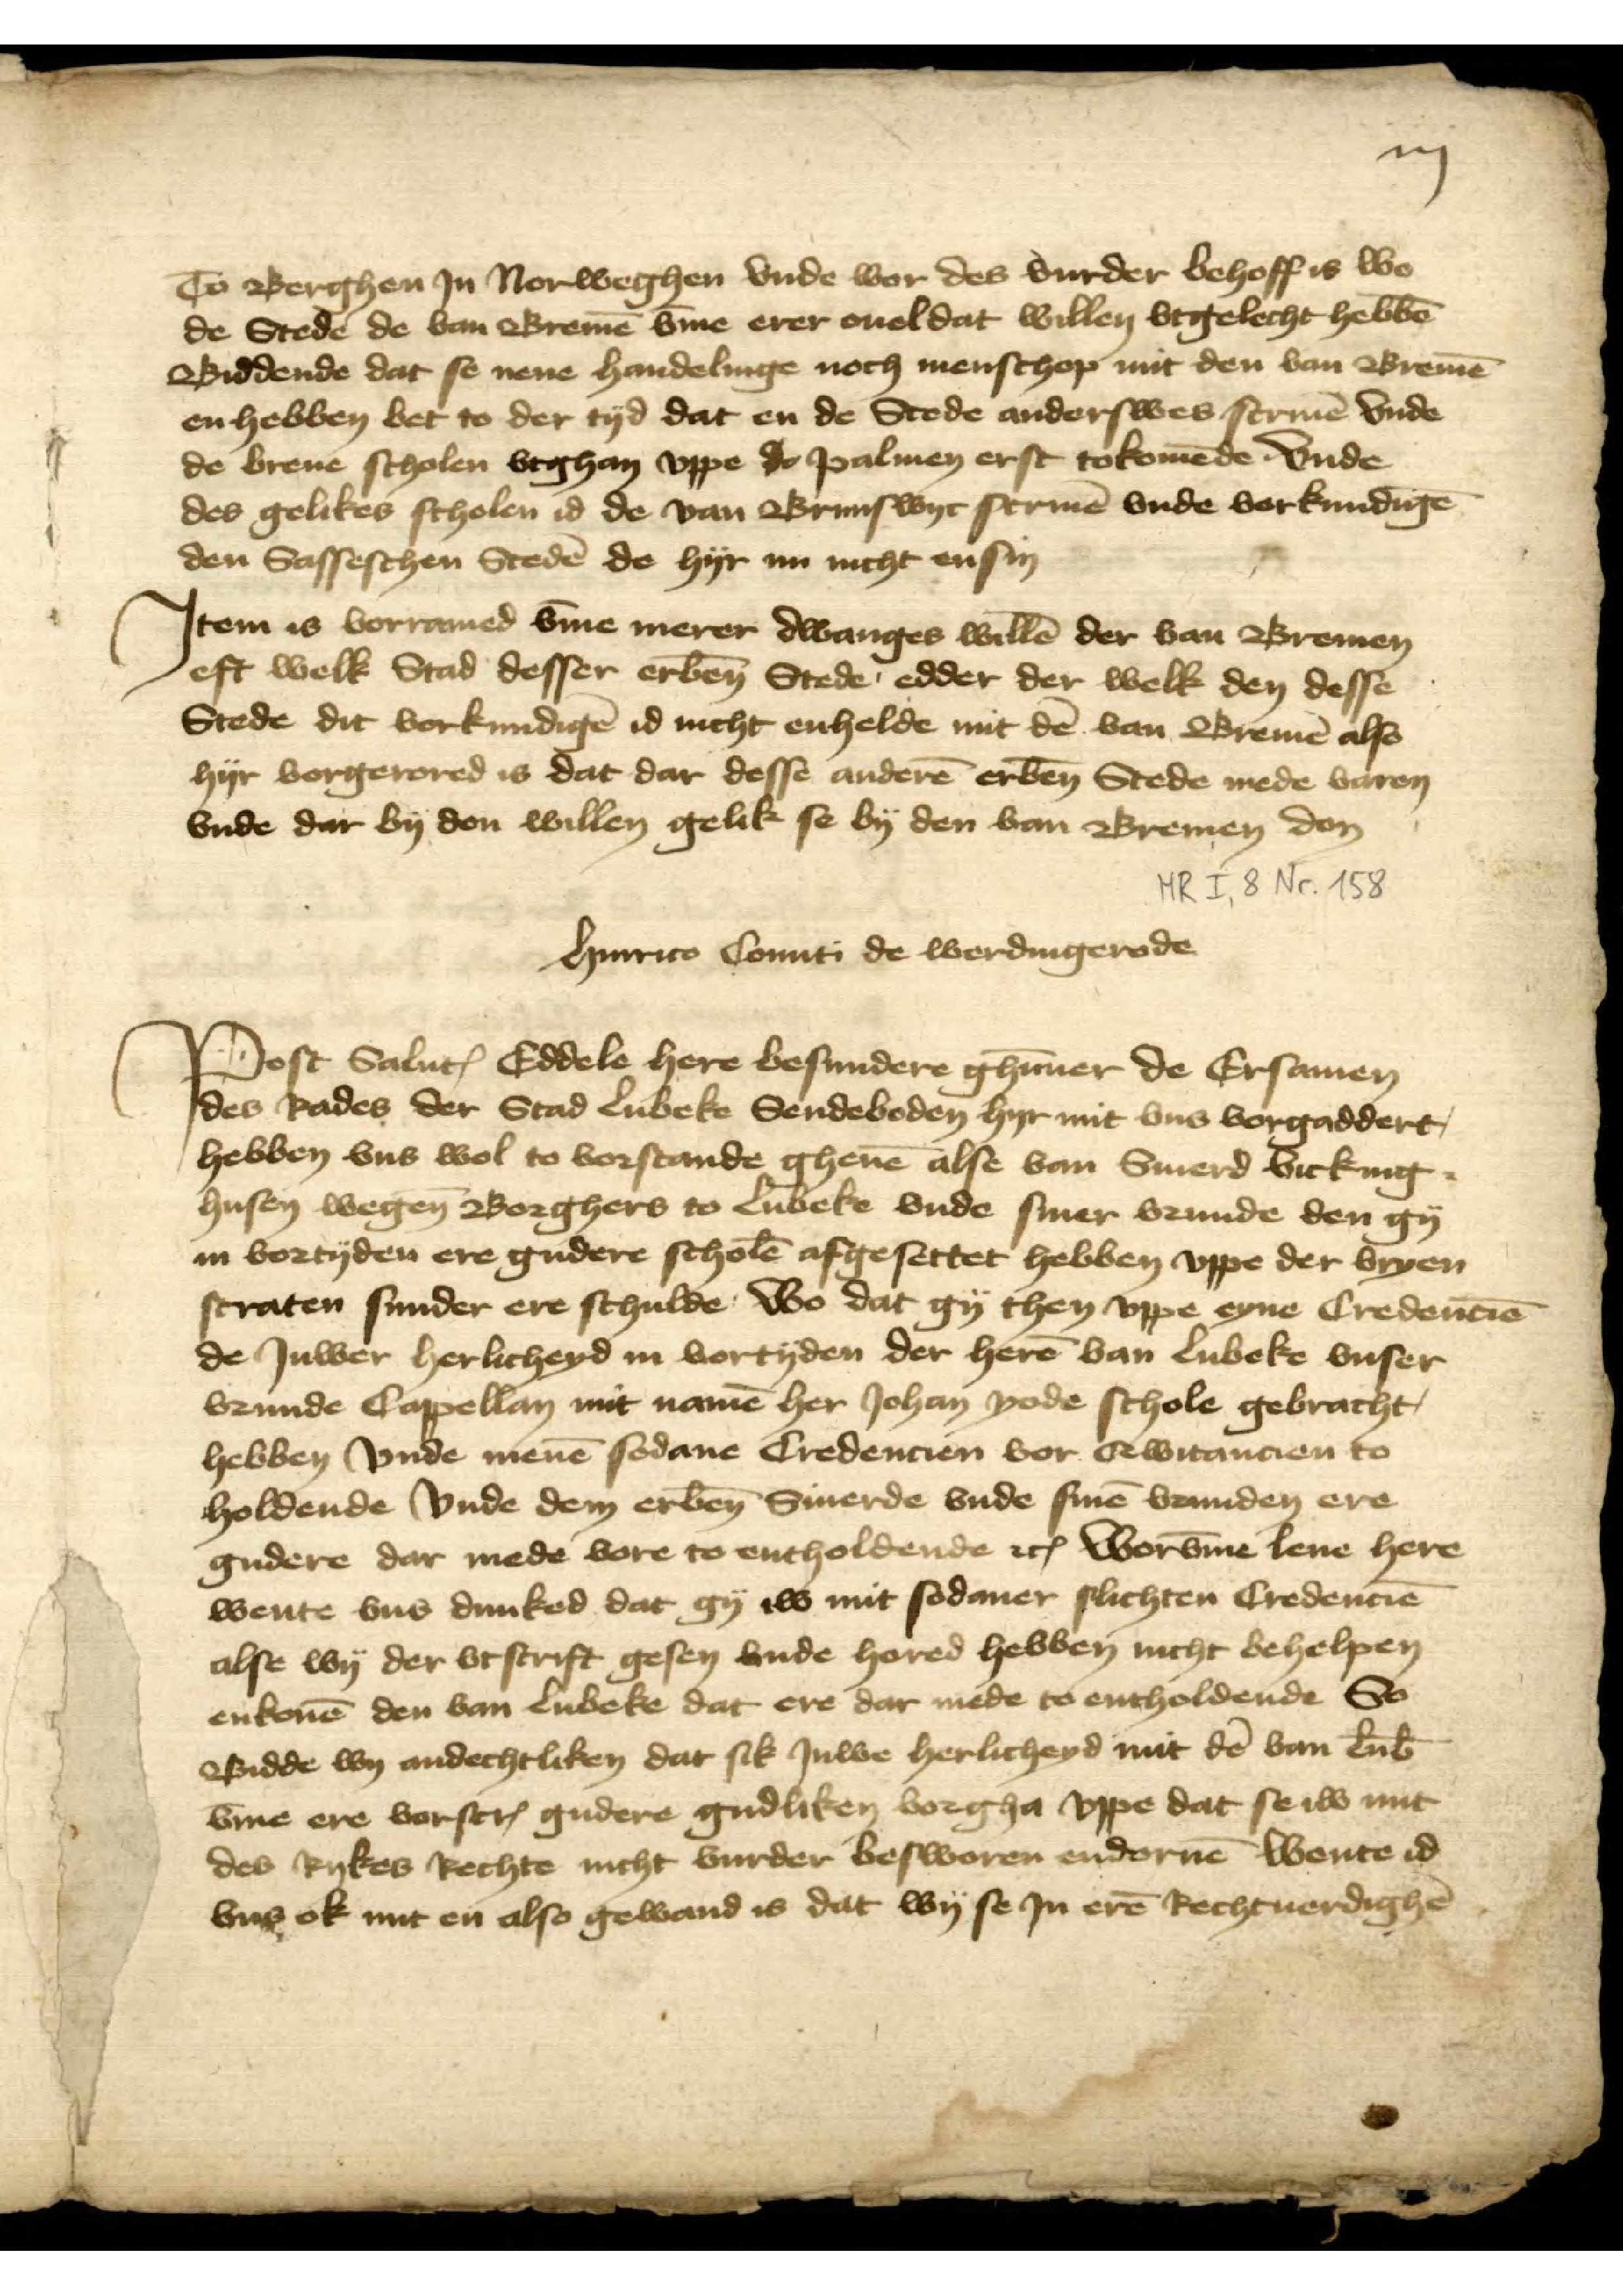
iij

To Berghen Jn Norweghen vnde wor des vurder behoff is wo
de Stede de van Bremen vmme erer ouel dat willen vtgelecht hebben
Biddende dat se nene handelinge noch menschop mit den van Bremen
en hebben bet to der tyd dat en de Stede anderswes scriuen vnde
de breue scholen vtghan vppe do palmen erst tokomende vnde
des gelikes scholen id de van Brunswyc scriuen vnde vorkundingen
den Sasseschen Steden de hyr nu nicht ensin

Jtem is vorramed v̄me merer dwanges willē der van Bremen
eft welk Stad desser erben̄ Stede, edder der welk den desse
Stede dit vorkundigē id nicht enhelde mit dē van Bremē also
hyr vorgerored is dat dar desse anderē erben̄ Stede mede varen
vnde dar by don willen gelik se by den van Bremen don

Hinrico Conuti de Werdingerode
Post Salutationem Eddele here besundere ghunner de Ersamen 
des Rades der Stad Lubeke Sendeboden hyr mit vns vorgaddert,
hebben vns wol to vorstande gheuen alse van Siuerd Vicking¬
husen wegene Borghers to Lubeke vnde siner vrunde den gy
in vortyden ere gudere scholen afgesettet hebben vppe der vryen
straten sunder ere schulde wo dat gy then vppe eyne Credencien
de Juwer herlicheyd in vortyden der heren van Lubeke vnser
vrunde Cappellan mit namen her Johan Rode schole gebracht,
hebben vnde menen sodane Credencien vor Qwitancien to
holdende vnde dem erbenomden Siuerde vnde sinen vrunden ere
gudere dar mede vore to entholdende etcetera worvmme leue here
wente vns dunked dat gy iw mit sodaner slichten Credencien
alse wy der vtscrift gesen vnde hored hebben nicht behelpen
enkomen den van Lubeke dat ere dar mede to entholdende So
Bidde wy andechtliken dat sik Juwe herlicheyd mit den van Lubeke
vmme ere vorscreuen gudere gudliken vorgha vppe dat se iw mit
des Rykes Rechte nicht vurder besworen endornen wente id
vns ok mit en also gewand is dat wy se Jn eren Rechtuerdighen